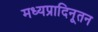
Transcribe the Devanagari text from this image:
मध्यप्रादिनूतन